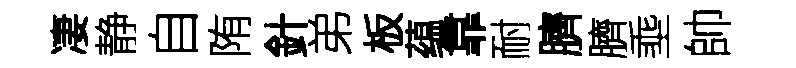
凄静自陏針弟板蕴靠耐臍臍埀帥